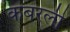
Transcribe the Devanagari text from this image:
कबरली